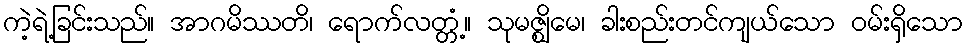
ကဲ့ရဲ့ခြင်းသည်။ အာဂမိဿတိ၊ ရောက်လတ္တံ့။ သုမဇ္ဈိမေ၊ ခါးစည်းတင်ကျယ်သော ဝမ်းရှိသော